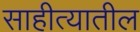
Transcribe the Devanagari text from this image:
साहीत्यातील